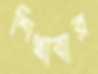
শিখাবার